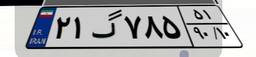
۲۱گ۷۸۵۵۱